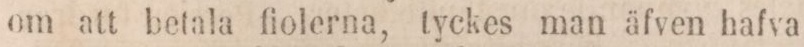
om att betala fiolerna, tyckes man äfven hafva